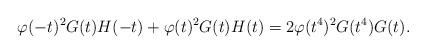
LaTeX: \begin{align*} \varphi(-t)^2G(t)H(-t)+\varphi(t)^2G(t)H(t) = 2\varphi(t^4)^2G(t^4)G(t).\end{align*}